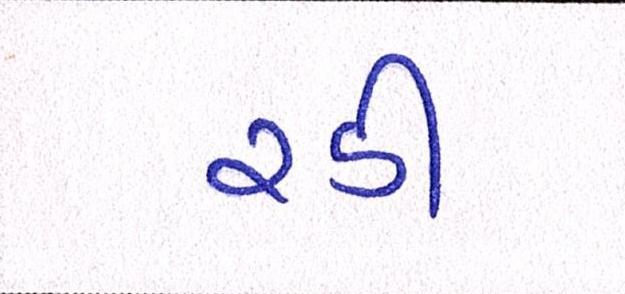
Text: રડી